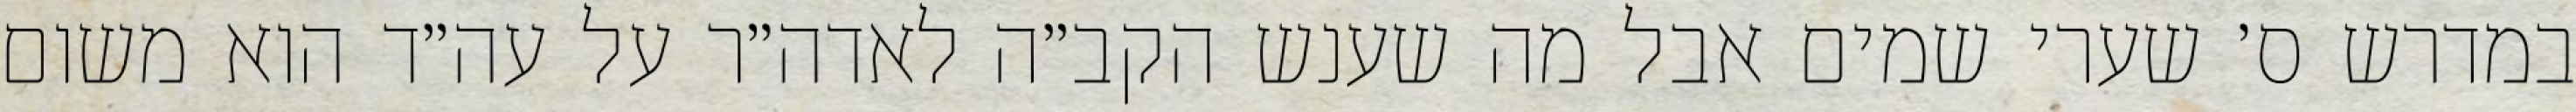
במדרש ס׳ שערי שמים אבל מה שענש הקב״ה לאדה״ר על עה״ד הוא משום